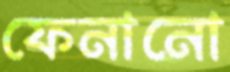
ফেনানো